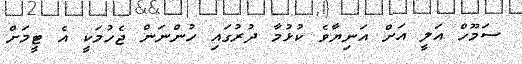
ސަމޫހް އަލީ އަށް އަނިޔާވެ ކުޅުމާ ދުރުގައި ހުންނަން ޖެހުމަކީ އެ ޓީމަށް